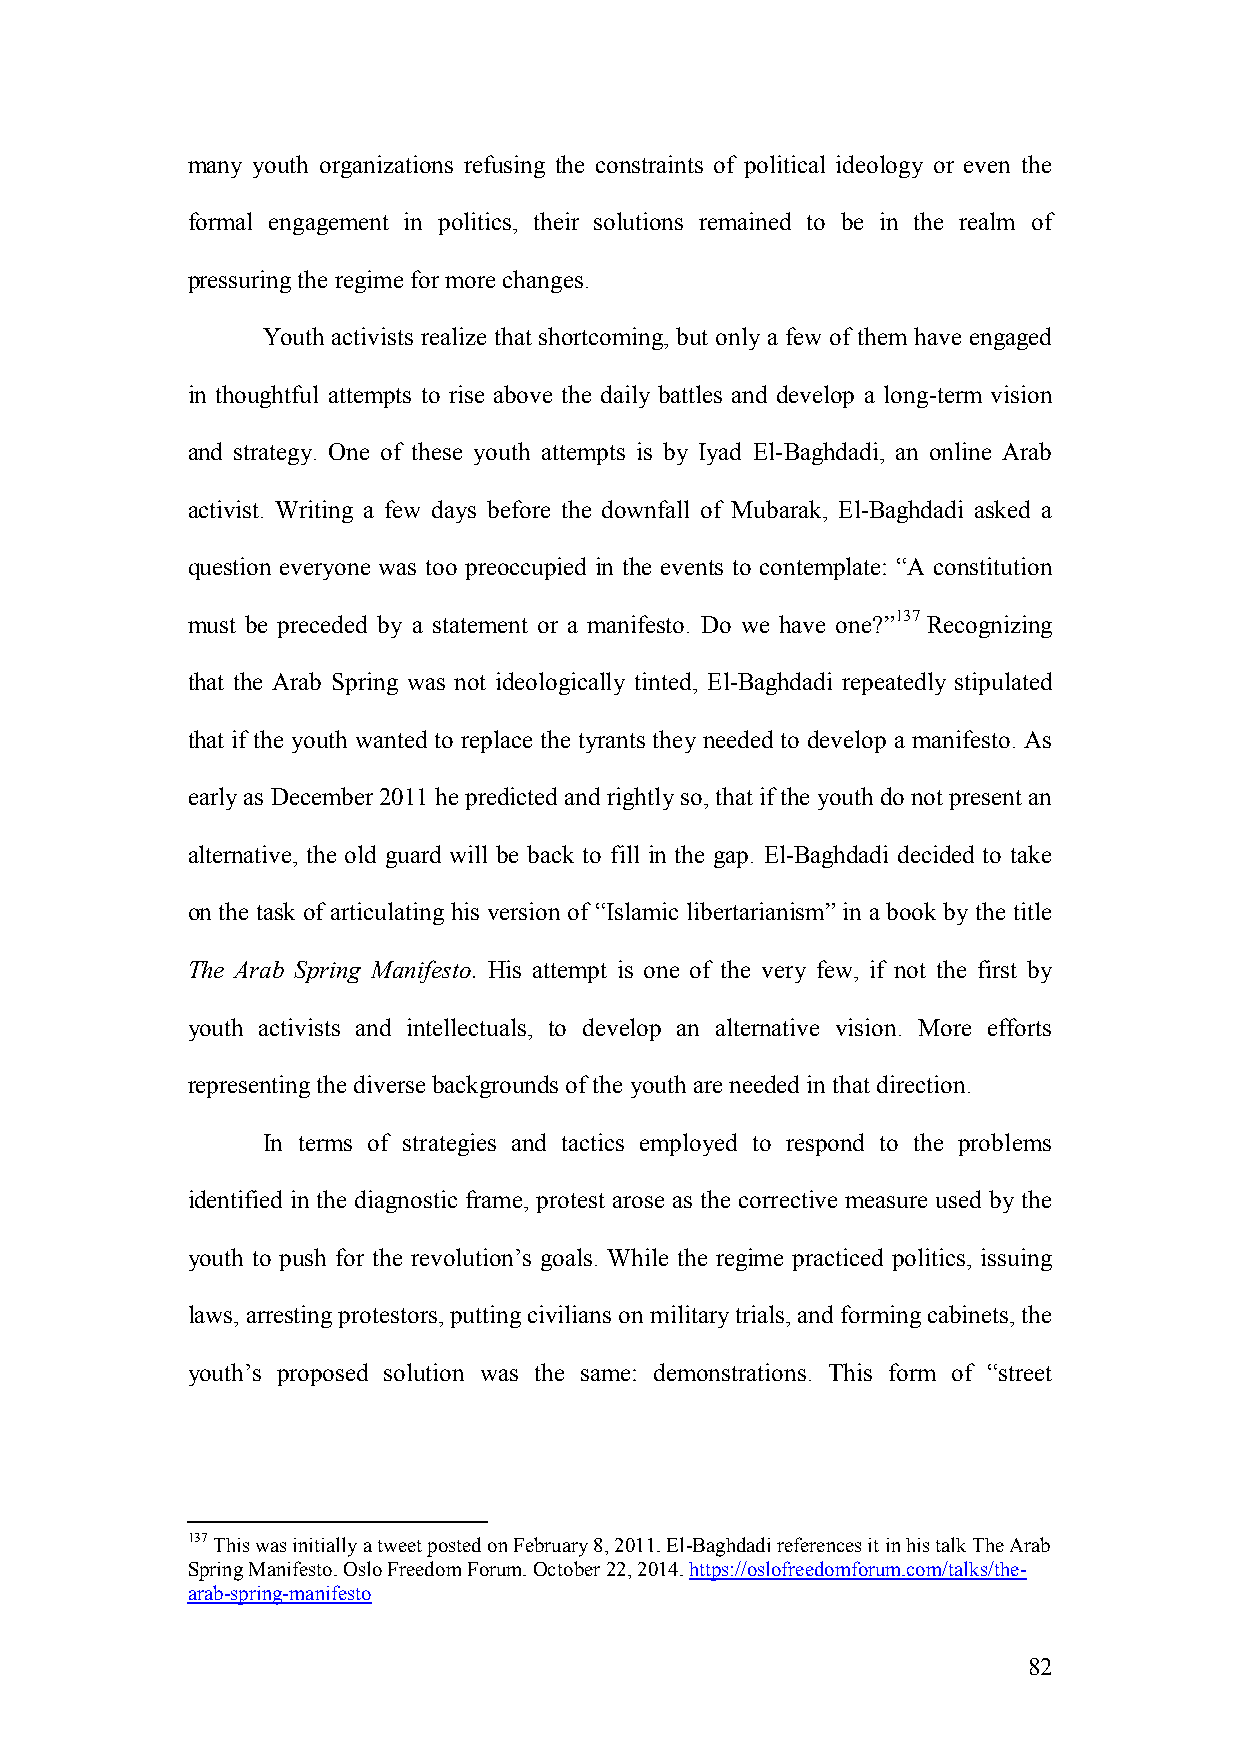
many youth organizations refusing the constraints of political ideology or even the
 formal engagement in politics, their solutions remained to be in the realm of
 pressuring the regime for more changes.
 Youth activists realize that shortcoming, but only a few of them have engaged
 in thoughtful attempts to rise above the daily battles and develop a long-term vision
 and strategy. One of these youth attempts is by Iyad El-Baghdadi, an online Arab
 activist. Writing a few days before the downfall of Mubarak, El-Baghdadi asked a
 question everyone was too preoccupied in the events to contemplate: “A constitution
 must be preceded by a statement or a manifesto. Do we have one?”137 Recognizing
 that the Arab Spring was not ideologically tinted, El-Baghdadi repeatedly stipulated
 that if the youth wanted to replace the tyrants they needed to develop a manifesto. As
 early as December 2011 he predicted and rightly so, that if the youth do not present an
 alternative, the old guard will be back to fill in the gap. El-Baghdadi decided to take
 on the task of articulating his version of “Islamic libertarianism” in a book by the title
 The Arab Spring Manifesto. His attempt is one of the very few, if not the first by
 youth activists and intellectuals, to develop an alternative vision. More efforts
 representing the diverse backgrounds of the youth are needed in that direction.
 In terms of strategies and tactics employed to respond to the problems
 identified in the diagnostic frame, protest arose as the corrective measure used by the
 youth to push for the revolution’s goals. While the regime practiced politics, issuing
 laws, arresting protestors, putting civilians on military trials, and forming cabinets, the
 youth’s proposed solution was the same: demonstrations. This form of “street
 137 This was initially a tweet posted on February 8, 2011. El-Baghdadi references it in his talk The Arab
 Spring Manifesto. Oslo Freedom Forum. October 22, 2014. https://oslofreedomforum.com/talks/the-
 arab-spring-manifesto
 82